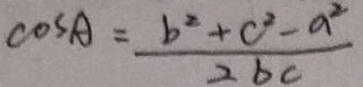
\cos A = \frac { b ^ { 2 } + c ^ { 2 } - a ^ { 2 } } { 2 b c }